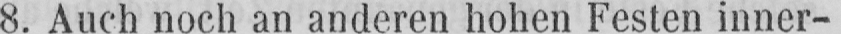
8. Auch noch an anderen hohen Festen inner-